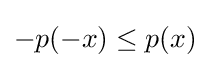
-p(-x)\leq p(x)